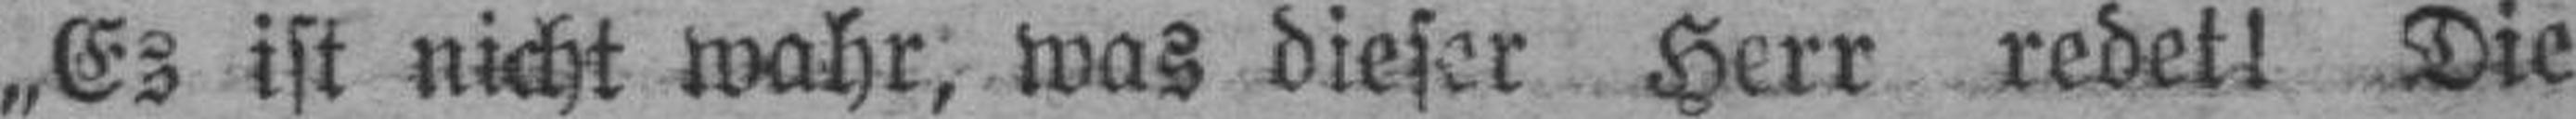
„Es ist nicht wahr, was dieser Herr redet! Die